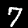
Digit: 7